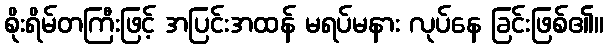
စိုးရိမ်တကြီးဖြင့် အပြင်းအထန် မရပ်မနား လုပ်နေ ခြင်းဖြစ်၏။